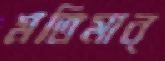
মতিমান্‌